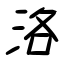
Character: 洛